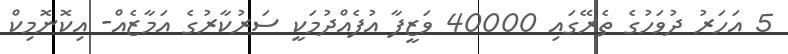
5 އަހަރު ދުވަހުގެ ތެރޭގައި 40000 ވަޒީފާ އުފެއްދުމަކީ ސަރުކާރުގެ އަމާޒެއް- އިކޮނޮމިކް